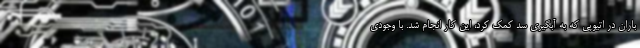
باران در اتیوپی که به آبگیری سد کمک کرد، این کار انجام شد. با وجودی